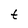
Character: t